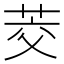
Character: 茭